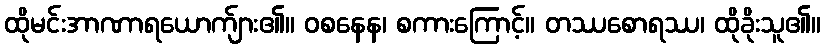
ထိုမင်းအာဏာရယောက်ျား၏။ ဝစနေန၊ စကားကြောင့်။ တဿစောရဿ၊ ထိုခိုးသူ၏။